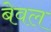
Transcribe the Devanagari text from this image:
बेवल